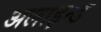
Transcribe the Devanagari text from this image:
अलाइन्ड